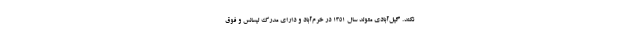
نکند. گیل‌آبادی متولد سال ۱۳۵۱ در خرم‌آباد و دارای مدرک لیسانس و فوق